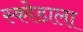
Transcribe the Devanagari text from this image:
स्कोडाला